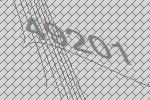
49201